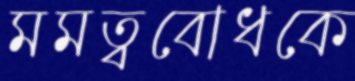
মমত্ববোধকে